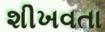
શીખવતા